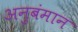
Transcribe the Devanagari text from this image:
अनुबंमान